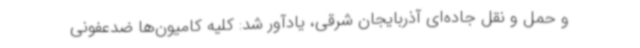
و حمل و نقل جاده‌ای آذربایجان شرقی، یادآور شد: کلیه کامیون‌ها ضدعفونی